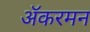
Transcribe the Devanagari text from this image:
ॲकरमन